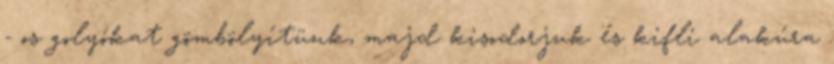
- os golyókat gömbölyítünk, majd kisodorjuk és kifli alakúra